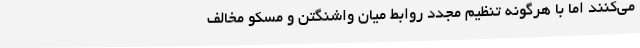
می‌کنند اما با هرگونه تنظیم مجدد روابط میان واشنگتن و مسکو مخالف